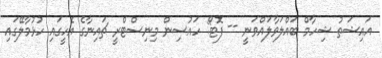
އައިޝަތު ޝިހާމް ބައްލަވާލައްވަނީ -- ފޮޓޯ: ހައުސިން މިނިސްޓްރީ ޗައިނާގެ އެހީގައި ހުޅުމާލޭގައި